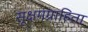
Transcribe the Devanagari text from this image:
सूक्षमग्राहिता